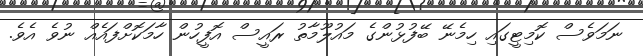
ނަމަވެސް ކޮމިޓީގައި ހިމެނޭ ބޭފުޅުންގެ މައުލޫމާތު ރައީސް އޮފީހުން ހާމަކޮށްފައެއް ނުވެ އެވެ.